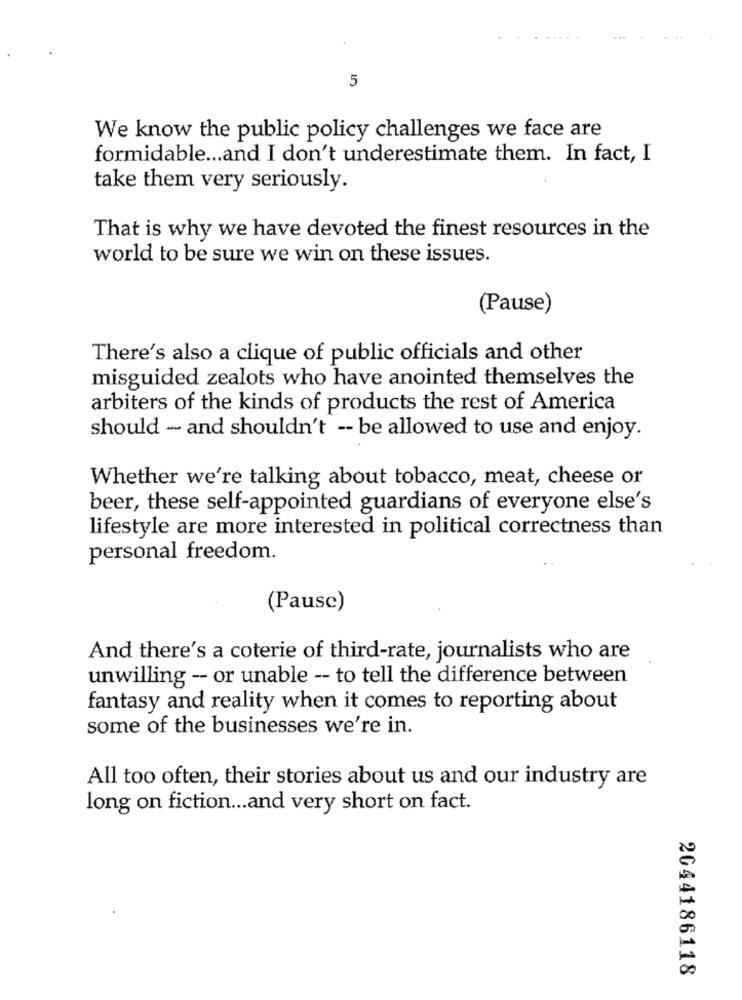
5
We know the public policy challenges we face are
formidable ... and I don't underestimate them. In fact, I
take them very seriously.
That is why we have devoted the finest resources in the
world to be sure we win on these issues.
(Pause)
There's also a clique of public officials and other
misguided zealots who have anointed themselves the
arbiters of the kinds of products the rest of America
should - and shouldn't -- be allowed to use and enjoy.
Whether we're talking about tobacco, meat, cheese or
beer, these self-appointed guardians of everyone else's
lifestyle are more interested in political correctness than
personal freedom.
(Pause)
And there's a coterie of third-rate, journalists who are
unwilling -- or unable - to tell the difference between
fantasy and reality when it comes to reporting about
some of the businesses we're in.
All too often, their stories about us and our industry are
long on fiction ... and very short on fact.
2044186118